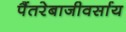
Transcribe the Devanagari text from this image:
पैंतरेबाजीवर्साय